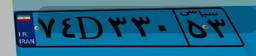
۲۶D۱۲۵۶۵